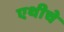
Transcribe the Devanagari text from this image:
एथीचे